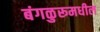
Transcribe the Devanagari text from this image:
बंगळुरूमधील